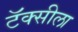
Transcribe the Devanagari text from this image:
टॅक्सीला